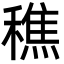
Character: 穛